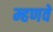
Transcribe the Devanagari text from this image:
म्हणवे